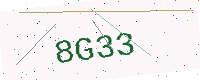
Text: 8G33